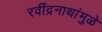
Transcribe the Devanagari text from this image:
रवींद्रनाथांमुळे